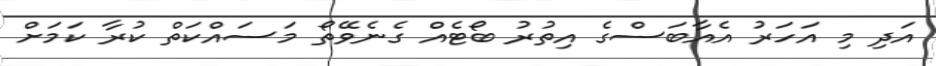
އަދި މި އަހަރު އެއާބަސްގެ އިތުރު ބޯޓެއް ގެނެވޭތޯ މަސައްކަތް ކުރާ ކަމަށް